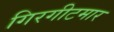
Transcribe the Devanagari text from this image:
गिरगीटमार